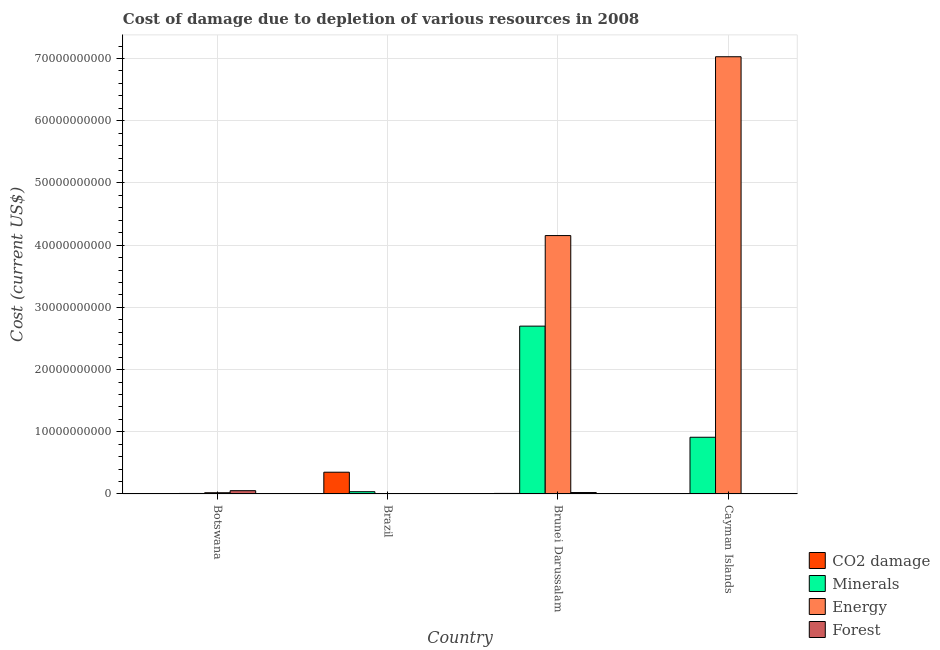
| Country | CO2 damage | Minerals | Energy | Forest |
 | --- | --- | --- | --- | --- |
 | Botswana | 4.49e+07 | 8.1e+07 | 1.99e+08 | 5.28e+08 |
 | Brazil | 3.5e+09 | 3.66e+08 | 3.07e+07 | 5.44e+06 |
 | Brunei Darussalam | 9.05e+07 | 2.7e+10 | 4.15e+10 | 2.31e+08 |
 | Cayman Islands | 5.36e+06 | 9.12e+09 | 7.03e+10 | 1.58e+07 |